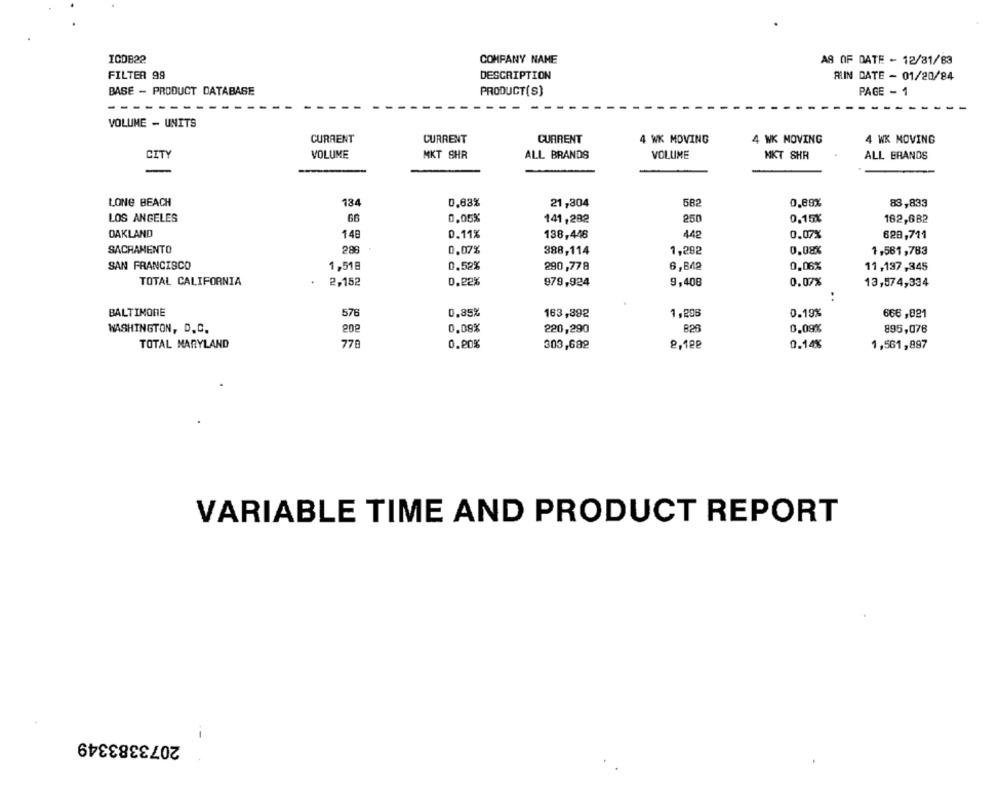
ICDB22
COMPANY NAME
AS OF DATE - 12/81/83
FILTER 99
DESCRIPTION
ALIN DATE - 01/20/84
BASE - PRODUCT DATABASE
PRODUCT(S)
PAGE - 1
- -
VOLUME - UNITS
CURRENT
CURRENT
CURRENT
4 WK MOVING
4 WK NOVING
4 WK MOVING
CITY
VOLUME
MKT SHR
ALL BRANDS
VOLUME
MKT SHR
ALL BRANDS
LONG BEACH
134
0,83%
21,304
582
0,89%
83,833
LOS ANGELES
66
0,05%
141,282
250
0.15X
182,682
OAKLAND
148
0.11%
138,446
442
0.07%
828,711
SACRAMENTO
288
0.07%
388,114
1,292
0.08%
1,581,783
SAN FRANCISCO
1,51B
0,52%
290,778
6,842
0,06%
11,137,345
TOTAL CALIFORNIA
2,152
0.22%
979,924
9,408
0.07%
13,574,334
..
BALTIMORE
576
0,85%
163,892
1,296
0.19%
666 ,821
WASHINGTON, D. C.
202
0.08%
220,290
828
0,09%
895,078
TOTAL MARYLAND
776
0.20%
303,682
8,12₽
0.14%
1,561,897
VARIABLE TIME AND PRODUCT REPORT
2073383349
--